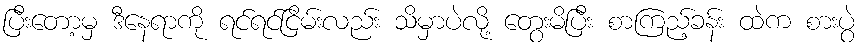
ပြီးတော့မှ ဒီနေရာကို ရင်ရင်ငြိမ်းလည်း သိမှာပဲလို့ တွေးမိပြီး စာကြည့်ခန်း ထဲက စားပွဲ